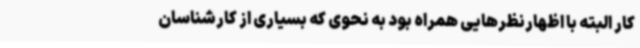
کار البته با اظهارنظرهایی همراه بود به نحوی که بسیاری از کارشناسان